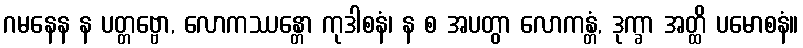
ဂမနေန န ပတ္တဗ္ဗော, လောကဿန္တော ကုဒါစနံ၊ န စ အပတွာ လောကန္တံ, ဒုက္ခာ အတ္ထိ ပမောစနံ။